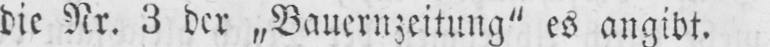
die Nr. 3 der „Bauernzeitung“ es angibt.